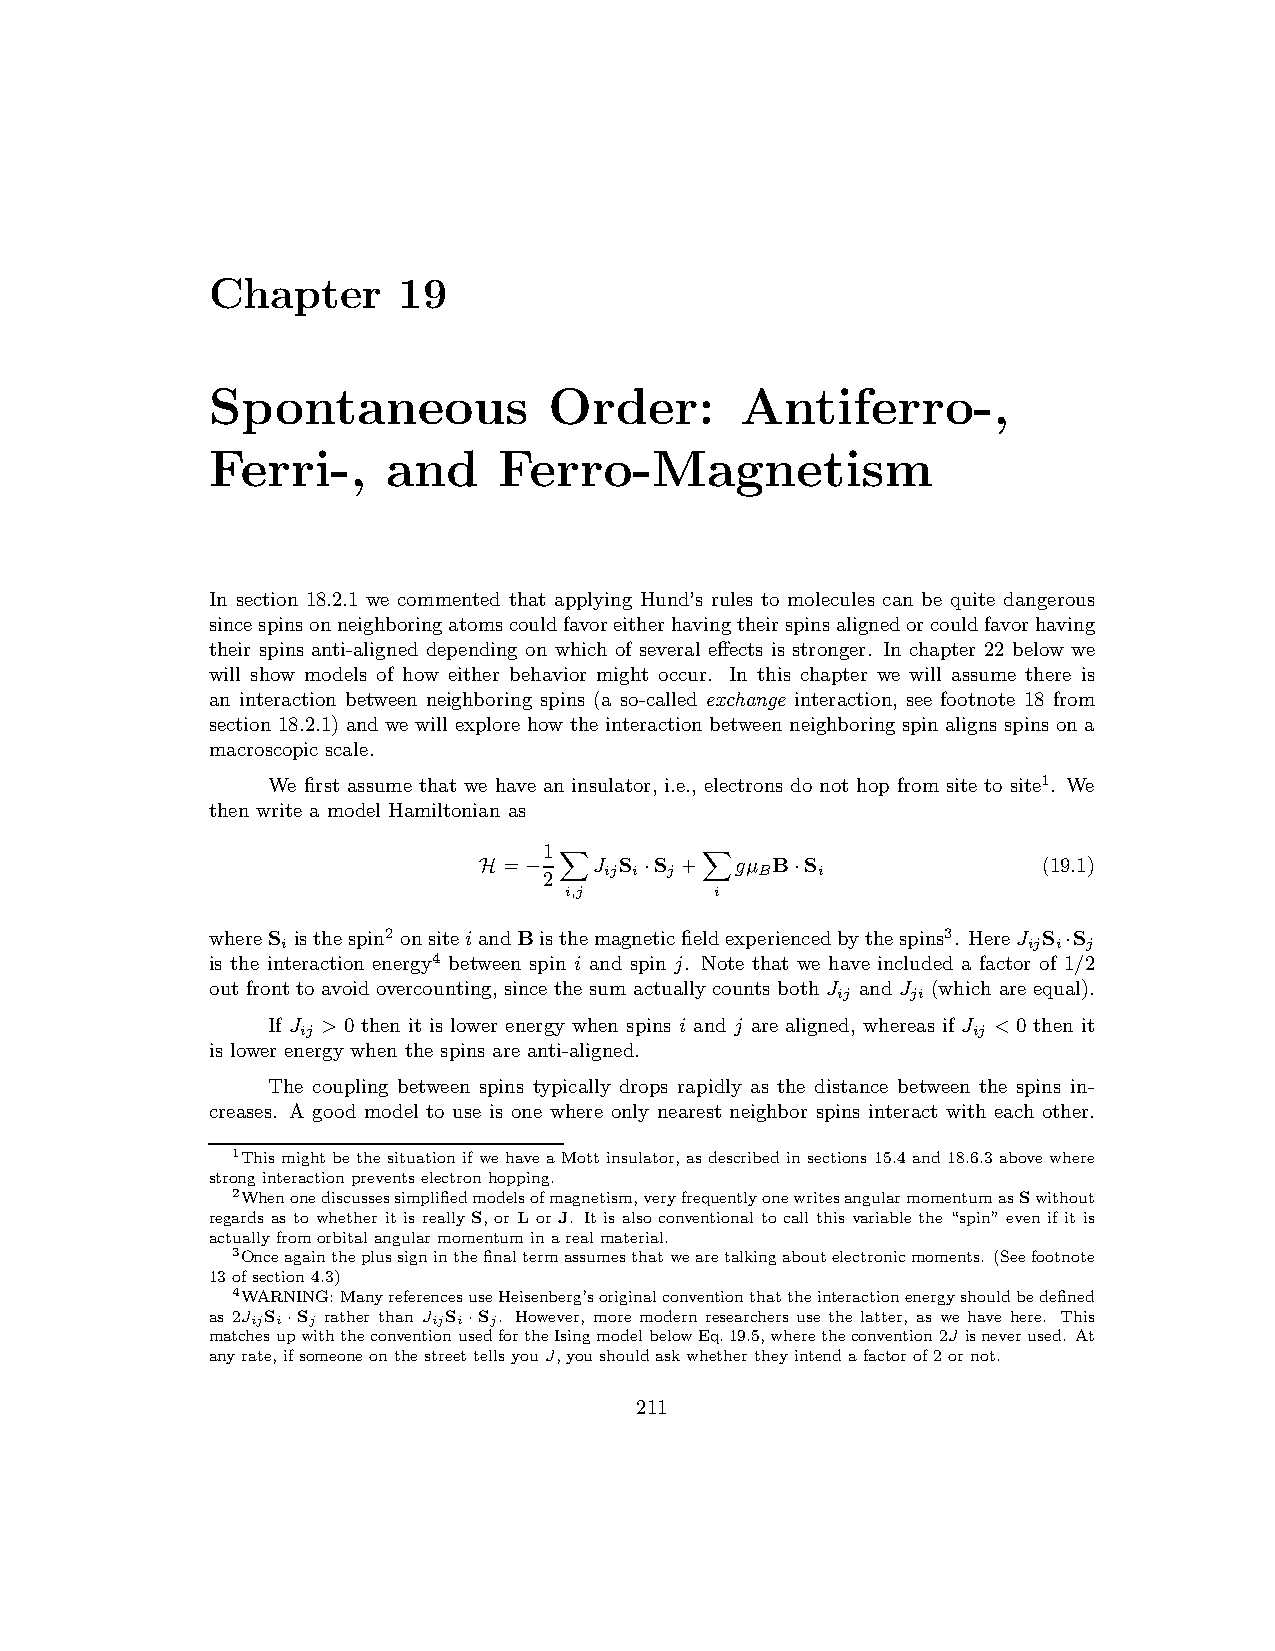
Chapter     19
 Spontaneous           Order:       Antiferro-,
 Ferri-,     and    Ferro-Magnetism
 In section 18.2.1 we commented that applying Hund’s rules to molecules can be quite dangerous
 sincespinsonneighboringatomscouldfavoreitherhavingtheirspinsalignedorcouldfavorhaving
 their spins anti-aligned depending on which of several effects is stronger. In chapter 22 below we
 will show models of how either behavior might occur. In this chapter we will assume there is
 an interaction between neighboring spins (a so-called exchange interaction, see footnote 18 from
 section 18.2.1)and we will explore how the interactionbetween neighboring spin aligns spins on a
 macroscopic scale.
 We first assume that we have an insulator, i.e., electrons do not hop from site to site1. We
 then write a model Hamiltonian as
 1
 =     J S S +   gµ B S              (19.1)
 ij i j    B   i
 H  −2      ·         ·
 i,j       i
 X        X
 whereS isthespin2 onsiteiandBisthemagneticfieldexperiencedbythespins3. HereJ S S
 i                                                ij i j
 ·
 is the interaction energy4 between spin i and spin j. Note that we have included a factor of 1/2
 out front to avoidovercounting,since the sum actually counts both J and J (which are equal).
 ij   ji
 If J >0 then it is lower energy when spins i and j are aligned, whereas if J <0 then it
 ij                                          ij
 is lower energy when the spins are anti-aligned.
 The coupling between spins typically drops rapidly as the distance between the spins in-
 creases. A good model to use is one where only nearest neighbor spins interact with each other.
 1This might be the situation if we have a Mott insulator, as described insections 15.4 and 18.6.3 above where
 stronginteractionprevents electronhopping.
 2Whenonediscussessimplifiedmodelsofmagnetism,veryfrequentlyonewritesangularmomentumasSwithout
 regards as to whether it is really S, or L or J. It is also conventional to call this variable the “spin” even if it is
 actuallyfromorbitalangularmomentuminarealmaterial.
 3Onceagaintheplussigninthefinaltermassumesthatwearetalkingaboutelectronicmoments. (Seefootnote
 13ofsection4.3)
 4WARNING:ManyreferencesuseHeisenberg’soriginalconventionthattheinteractionenergyshouldbedefined
 as 2JijS i·S j rather than JijS i·S j. However, more modern researchers use the latter, as we have here. This
 matchesupwiththeconventionusedfortheIsingmodelbelowEq.19.5,wheretheconvention2J isneverused. At
 anyrate,ifsomeoneonthestreettellsyouJ,youshouldaskwhether theyintendafactorof2ornot.
 211